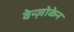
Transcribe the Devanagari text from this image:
वेन्ज़ोकेन